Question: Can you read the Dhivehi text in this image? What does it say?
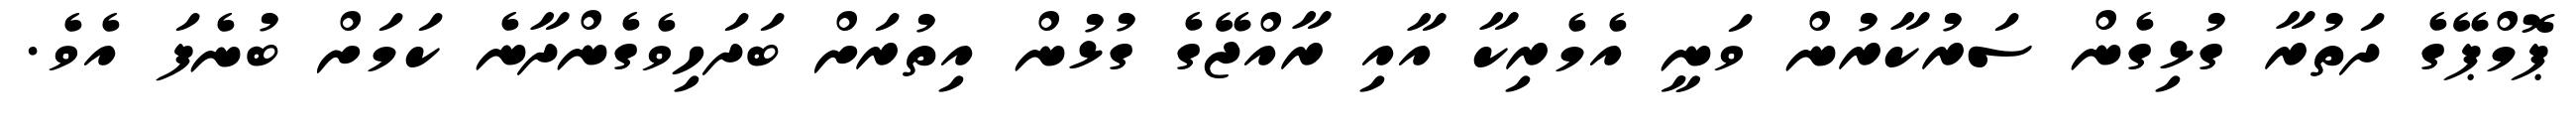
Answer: ޕޮމްޕޭގެ ދަތުރާ ގުޅިގެން ސަރުކާރުން ވަނީ އެމެރިކާ އާއި ރާއްޖޭގެ ގުޅުން އިތުރަށް ބަދަހިވެގެންދާނެ ކަމަށް ބުނެފަ އެވެ.